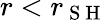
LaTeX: r<r_{\mathrm{~S~H~}}